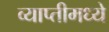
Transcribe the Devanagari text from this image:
व्याप्तीमध्ये